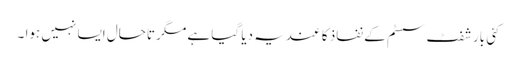
کئی بار شفٹ سسٹم کے نفاذ کا عندیہ دیا گیا ہے مگر تاحال ایسا نہیں ہوا ۔